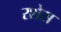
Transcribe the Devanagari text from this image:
रशेस